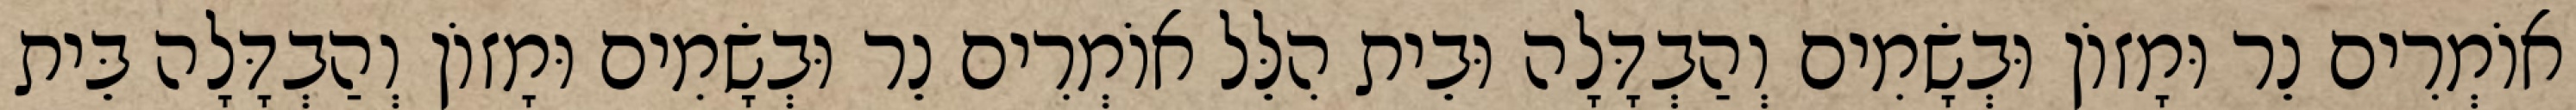
אוֹמְרִים נֵר וּמָזוֹן וּבְשָׂמִים וְהַבְדָּלָה וּבֵית הִלֵּל אוֹמְרִים נֵר וּבְשָׂמִים וּמָזוֹן וְהַבְדָּלָה בֵּית